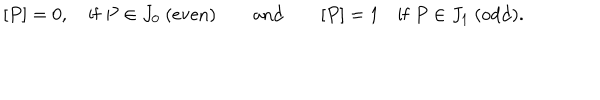
\lbrack P ] = 0 , \quad \mathrm { i f \ } P \in J _ { 0 } \ ( \mathrm { e v e n } ) \qquad \mathrm { a n d } \qquad [ P ] = 1 \quad \mathrm { i f \ } P \in J _ { 1 } \ ( \mathrm { o d d } ) .